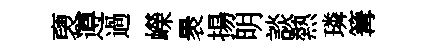
褏遵過嶸褁揚明談熱璘篝